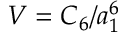
V = C _ { 6 } / a _ { 1 } ^ { 6 }